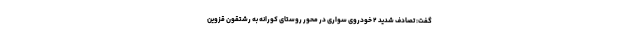
گفت: تصادف شدید ۲ خودروی سواری در محور روستای کورانه به رشتقون قزوین